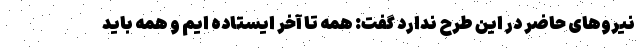
نیروهای حاضر در این طرح ندارد گفت: همه تا آخر ایستاده ایم و همه باید